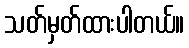
သတ်မှတ်ထားပါတယ်။